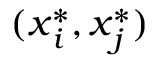
( \boldsymbol { x } _ { i } ^ { * } , \boldsymbol { x } _ { j } ^ { * } )